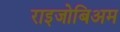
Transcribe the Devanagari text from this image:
राइजोबिअम